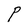
Character: P